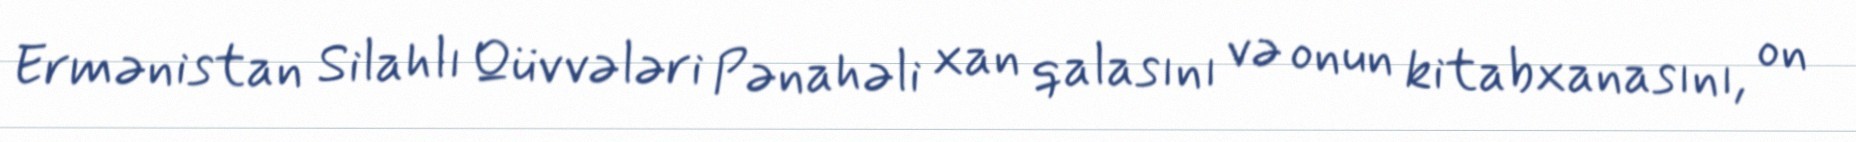
Ermənistan Silahlı Qüvvələri Pənahəli xan qalasını və onun kitabxanasını, on